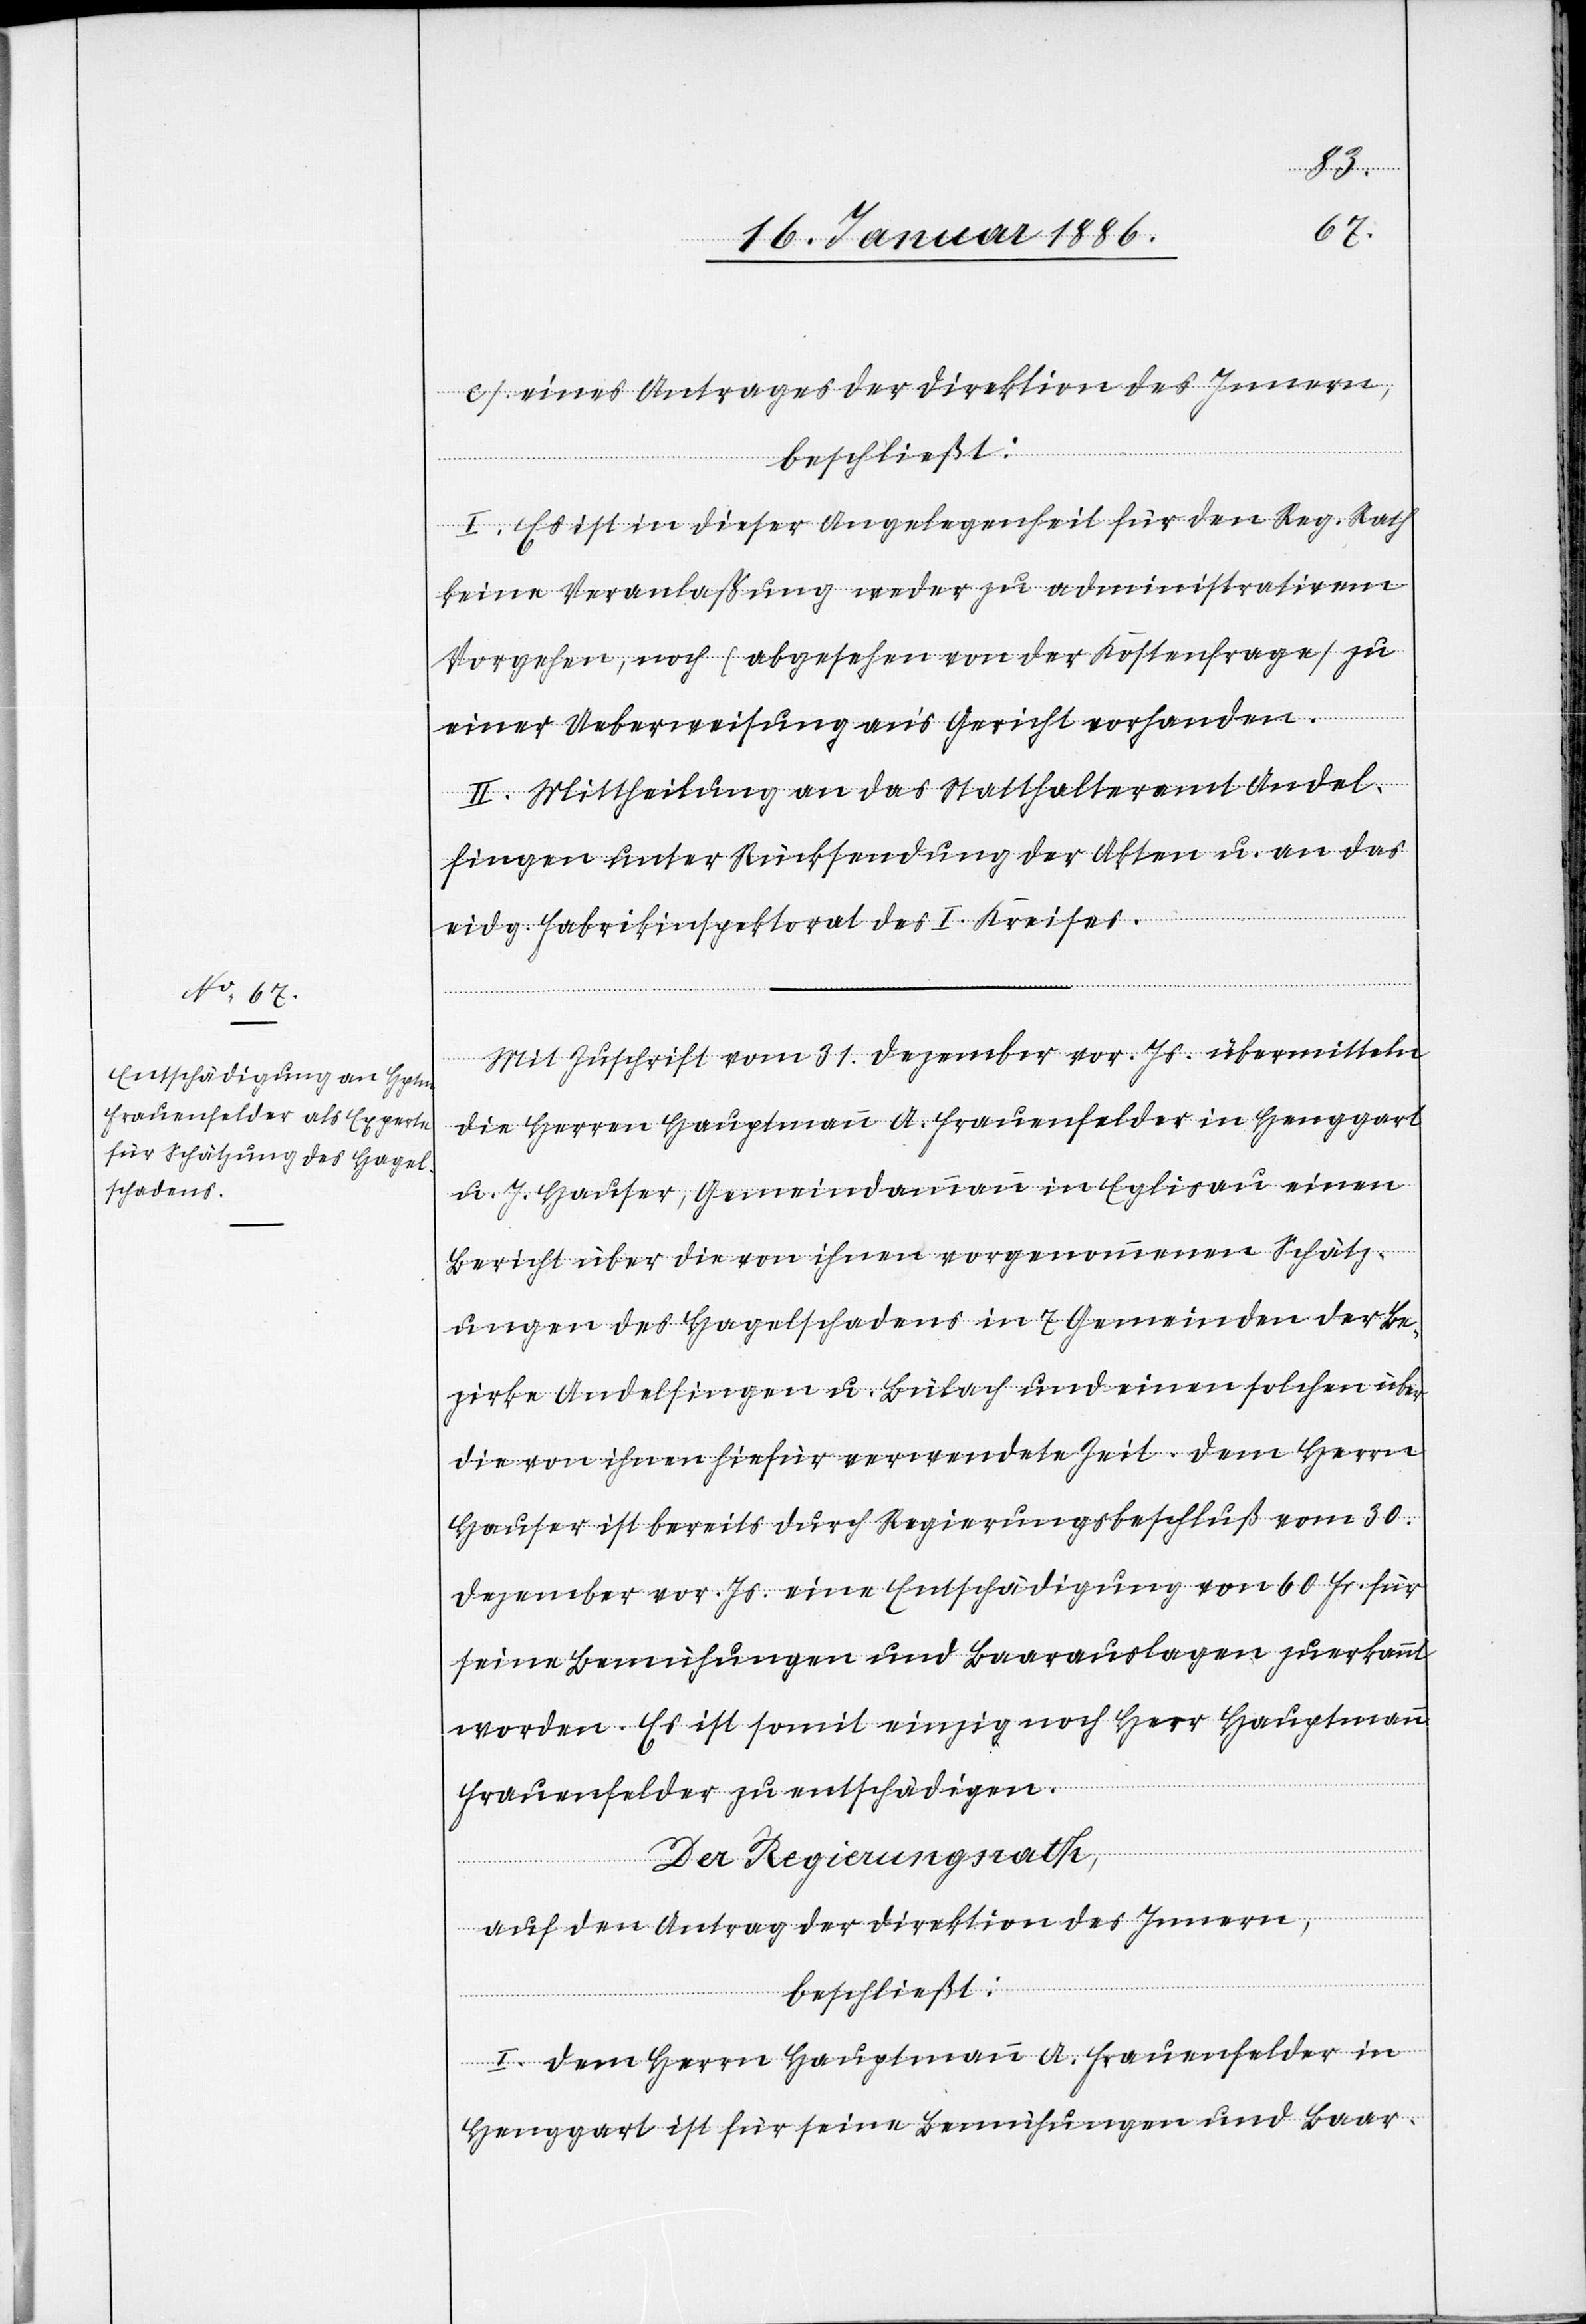
c) eines Antrages der Direktion des Innern,
beschließt:
I. Es ist in dieser Angelegenheit für den Reg. Rath
keine Veranlaßung weder zu administrativen
Vorgehen, noch (abgesehen von der Kostenfrage} zu
einer Ueberweisung ans Gericht vorhanden.
II. Mittheilung an das Statthalteramt Andel¬
fingen unter Rücksendung der Akten u. an das
eidg. Fabrikinspektorat des I. Kreises.
Mit Zuschrift vom 31. Dezember vor. Js. übermitteln
die Herren Hauptmann A. Frauenfelder in Henggart
u. J. Hauser, Gemeindeammann in Eglisau einen
Bericht über die von ihnen vorgenommenen Schätz¬
ungen des Hagelschadens in 7 Gemeinden der Be¬
zirke Andelfingen u. Bülach und einen solchen über
die von ihnen hiefür verwendete Zeit. Dem Herrn
Hauser ist bereits durch Regierungsbeschluß vom 30.
Dezember vor. Js. eine Entschädigung von 60 Fr. für
seine Bemühungen und Baarauslagen zuerkannt
worden. Es ist somit einzig noch Herr Hauptmann
Frauenfelder zu entschädigen.
Der Regierungsrath.
auf den Antrag der Direktion des Innern,
beschließt:
I. Dem Herrn Hauptmann A. Frauenfelder in
Henggart ist für seine Bemühungen und Baar-